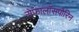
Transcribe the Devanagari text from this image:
सेफालॉसपोरिन